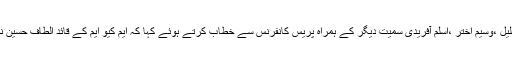
منگل کو ایم کیوایم کے مرکزنائن زیرو پرحیدر عباس رضوی نے رابطہ کمیٹی کے ارکان واسع جلیل ،وسیم اختر ،اسلم آفریدی سمیت دیگر کے ہمراہ پریس کانفرنس سے خطاب کرتے ہوئے کہا کہ ایم کیو ایم کے قائد الطاف حسین نے 4 اپریل 2014 کو نادرا کو قومی شناختی کارڈ کے لئے خصوصی درخواست جمع کرائی تھی۔